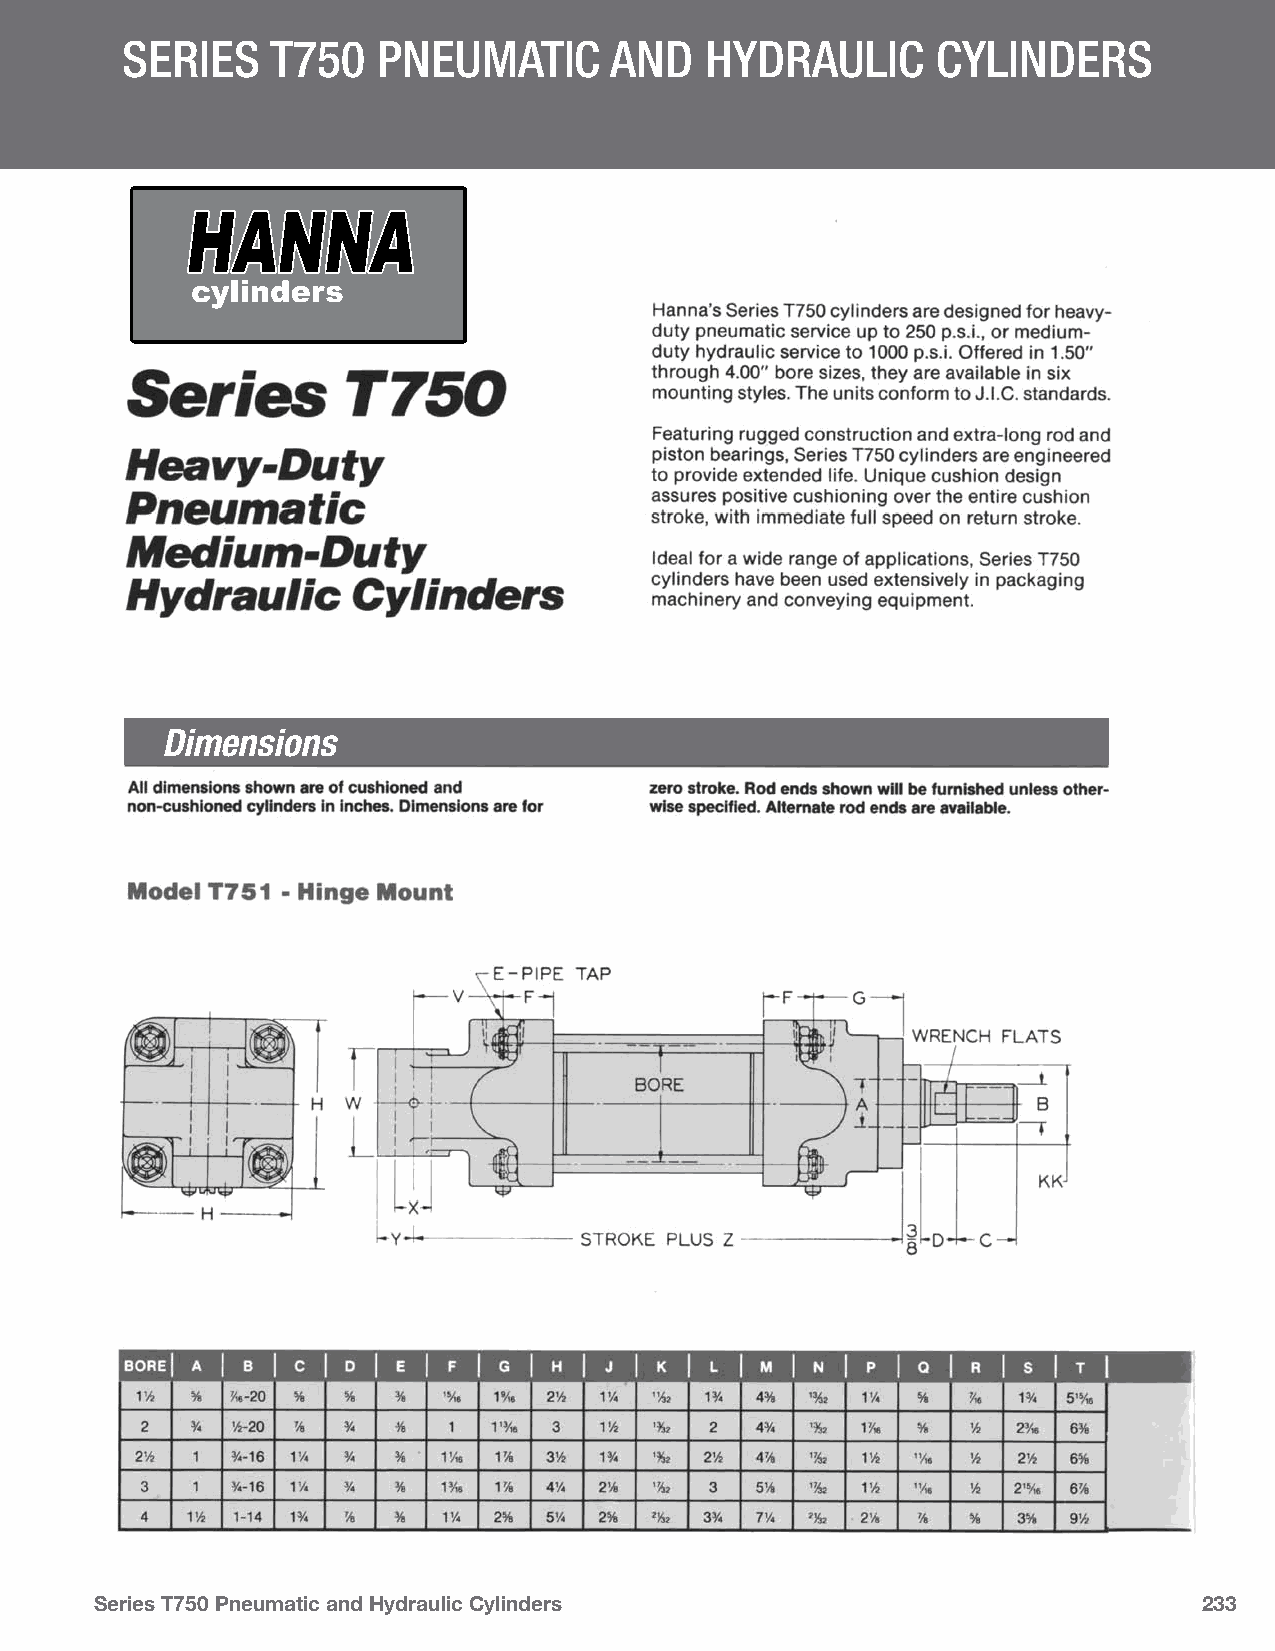
SerieS    T750   PneumaTic      and    Hydraulic      cylinderS
 Dimensions
 Series T750 Pneumatic and Hydraulic Cylinders                             233